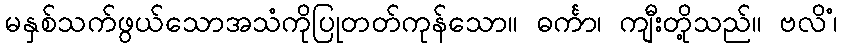
မနှစ်သက်ဖွယ်သောအသံကိုပြုတတ်ကုန်သော။ ဓင်္ကာ၊ ကျီးတို့သည်။ ဗလိံ၊